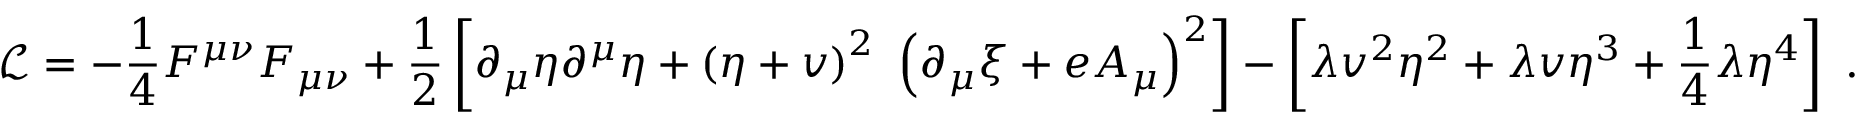
\ { \mathcal { L } } = - { \frac { 1 } { 4 } } F ^ { \mu \nu } F _ { \mu \nu } + { \frac { 1 } { 2 } } \left[ \partial _ { \mu } \eta \partial ^ { \mu } \eta + \left( \eta + v \right) ^ { 2 } \ \left( \partial _ { \mu } \xi + e A _ { \mu } \right) ^ { 2 } \right] - \left[ \lambda v ^ { 2 } \eta ^ { 2 } + \lambda v \eta ^ { 3 } + { \frac { 1 } { 4 } } \lambda \eta ^ { 4 } \right] ~ .